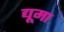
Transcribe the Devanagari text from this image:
द्यूमा